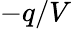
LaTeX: -q/V